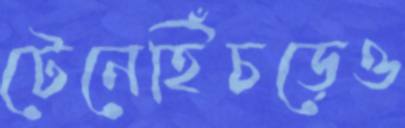
টেনেহিঁচড়েও